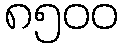
၈၅၀၀